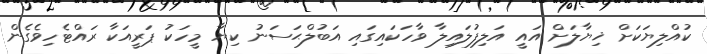
ކުއްލިޔަކަށް ޚިޔާލަށް އައީ އަލިފުލައިލާ ވާހަކައިގައި އަބުލްޙަސަނު ކިޔާ މީހަކު ޕަރީއަކާ ރައްޓެހިވެގެން